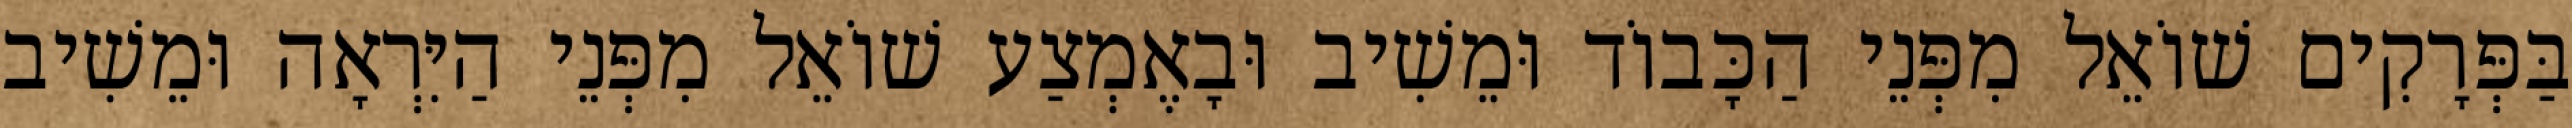
בַּפְּרָקִים שׁוֹאֵל מִפְּנֵי הַכָּבוֹד וּמֵשִׁיב וּבָאֶמְצַע שׁוֹאֵל מִפְּנֵי הַיִּרְאָה וּמֵשִׁיב